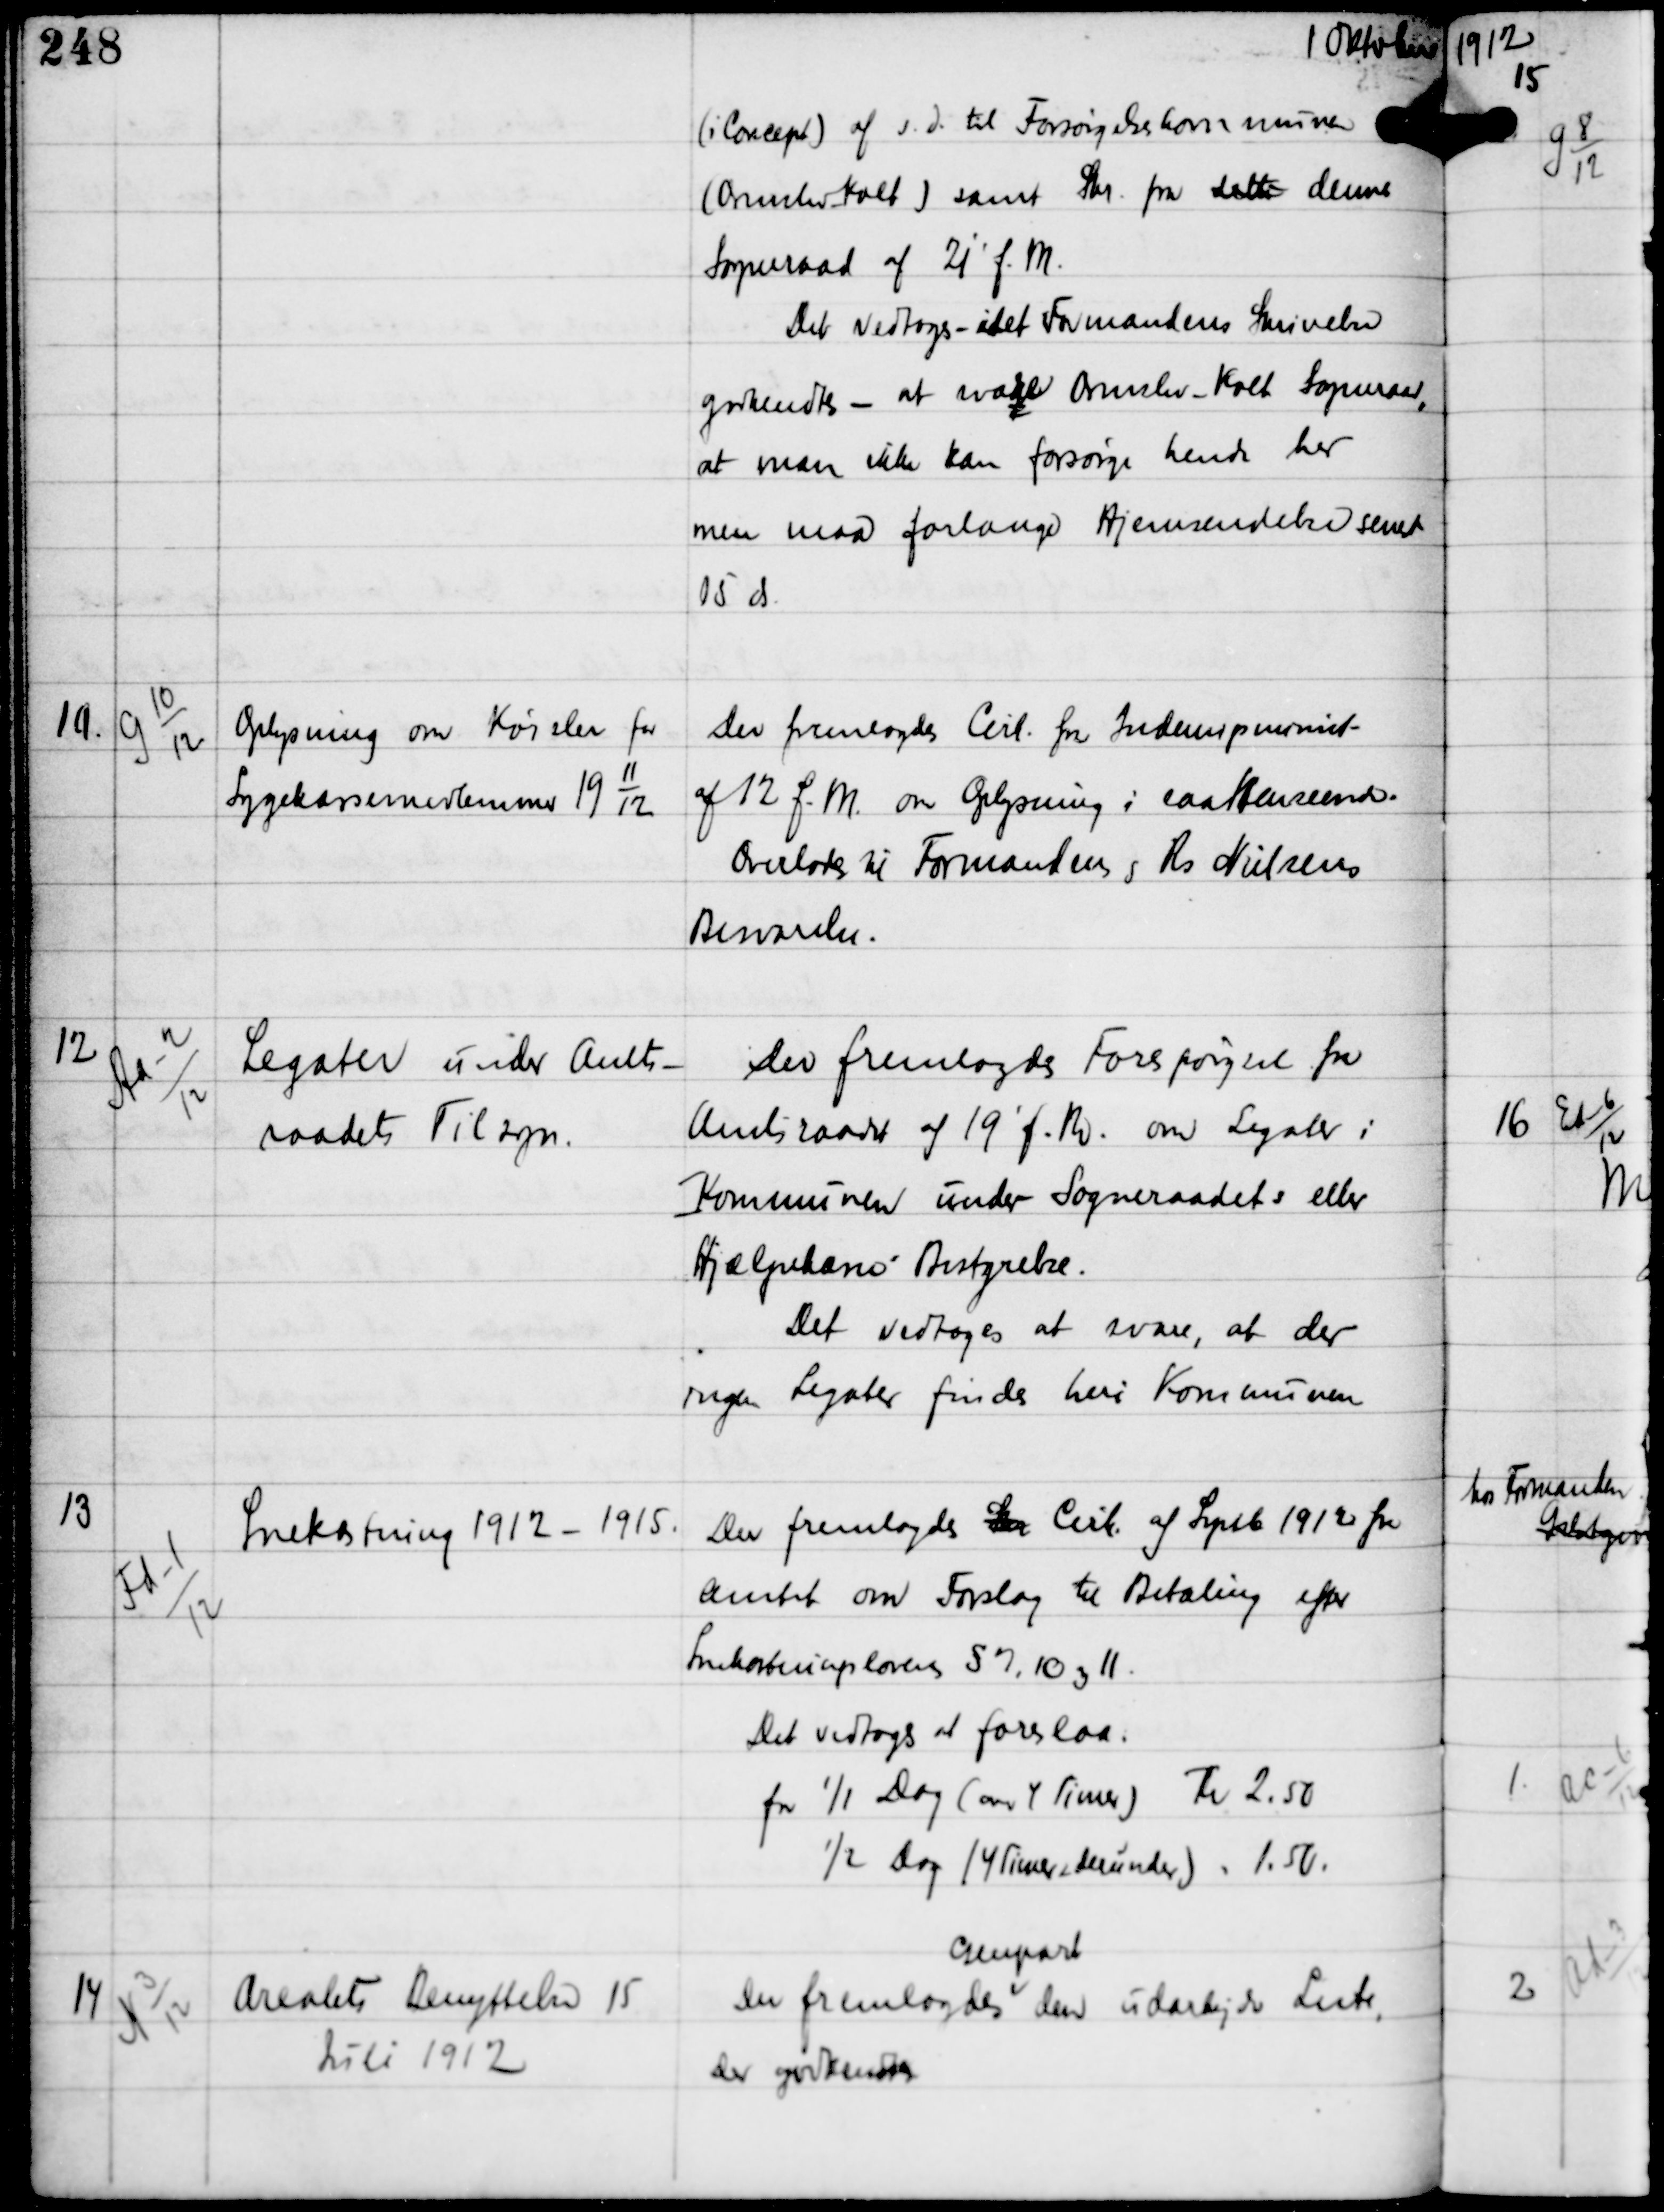
Transskription:
1 Oktober

(i Concept) af s.d. til Forsørgelseskommunen
(Ormslev-Kolt) samt Skr fra dette dennes
Sogneraad af 21' f.M.
Det vedtoges - idet Formandens Skrivelse
godkendtes - at svare Ormslev-Kolt Sogneraad,
at man ikke kan forsørge hende her
men maa forlange Hjemsendelse senest
15 ds.

11.

G 10
12

Oplysning om Kørsler for
Sygekassemedlemmer 19
11
12

Der fremlagdes Cirk fra Indenrigsminist
af 12 f.M om Oplysning i saa Henseende
Overlades til Formandens og Rs Nielsens
Besvarelse.

12

Aa-2
12

Legater under Amts-
raadets Tilsyn.

Der fremlagdes Forespørgsel fra
Amtsraadet af 19' f.M. om Legater i
Kommunen under Sogneraadets eller
Hjælpekasse Bestyrelse.
Det vedtoges at svare, at der
ingen Legater findes heri Kommunen

13

Fd-1
12

Snekastning 1912 - 1915

Der fremlagdes Skr Cirk af Septb 1912 fra
Amtet om Forslag til Betaling efter
Snekastningslovens §7.10 og 11.
Det vedtoges at foreslaa
for 1/1 Dag (over 4 Timer) Kr 2.50
½ Dag (4 Timer og derunder) " 1.50.

14

N 3
12

Arealets Benyttelse 15
Juli 1912

Der fremlagdes
Genpart
den udarbejde Liste,
der godkendtes